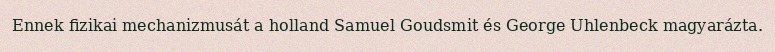
Ennek fizikai mechanizmusát a holland Samuel Goudsmit és George Uhlenbeck magyarázta.